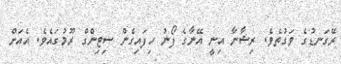
ރޭގަނޑުގެ ވަގުތެވެ. ރިޝާނާ އިނީ އޭނާގެ ފޯނު ހިފައިގެން ސިޓިންގް ރޫމުގައެވެ. އެއަށް